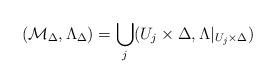
LaTeX: \begin{align*}(\mathcal{M}_{\Delta},\Lambda_\Delta)=\bigcup_j (U_j\times \Delta,\Lambda|_{U_j\times \Delta})\end{align*}